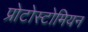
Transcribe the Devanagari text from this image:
प्रोटोस्टोमियन